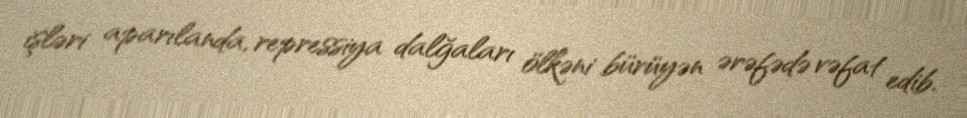
işləri aparılanda, repressiya dalğaları ölkəni bürüyən ərəfədə vəfat edib.